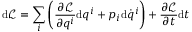
\mathrm { d } { \mathcal { L } } = \sum _ { i } \left( { \frac { \partial { \mathcal { L } } } { \partial q ^ { i } } } \mathrm { d } q ^ { i } + p _ { i } \mathrm { d } { \dot { q } } ^ { i } \right) + { \frac { \partial { \mathcal { L } } } { \partial t } } \mathrm { d } t